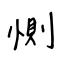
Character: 惻